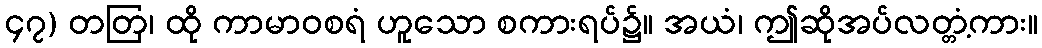
၄၇) တတြ၊ ထို ကာမာဝစရံ ဟူသော စကားရပ်၌။ အယံ၊ ဤဆိုအပ်လတ္တံ့ကား။